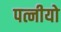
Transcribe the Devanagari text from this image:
पत्नीयो